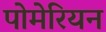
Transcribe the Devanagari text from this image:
पोमेरियन